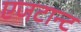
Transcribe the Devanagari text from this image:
एजटान्ट